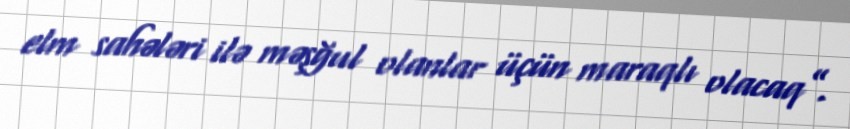
elm sahələri ilə məşğul olanlar üçün maraqlı olacaq”.